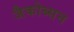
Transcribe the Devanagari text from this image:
जैकोब्सन